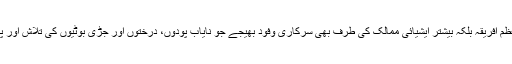
چنانچہ اُس نے نہ صرف برِاعظم افریقہ بلکہ بیشتر اَیشیائی ممالک کی طرف بھی سرکاری وفود بھیجے جو نایاب پودوں، درختوں اور جڑی بوٹیوں کی تلاش اور پیداوار میں مددگار ثابت ہوئے۔